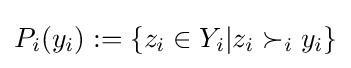
P_{i}(y_{i}):=\{z_{i}\in Y_{i}|z_{i}\succ _{i}y_{i}\}